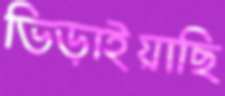
ভিড়াইয়াছি